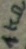
Text: 1KΩ